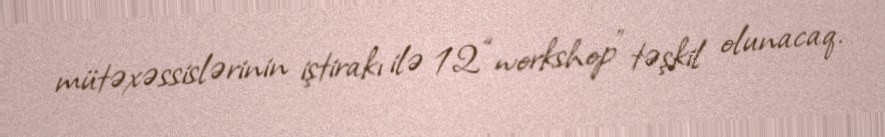
mütəxəssislərinin iştirakı ilə 12 “workshop” təşkil olunacaq.